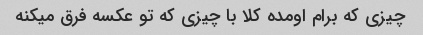
چیزی که برام اومده کلا با چیزی که تو عکسه فرق میکنه